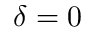
\delta = 0